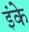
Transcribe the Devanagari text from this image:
इंके